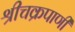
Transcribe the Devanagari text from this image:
श्रीचक्रपाणी